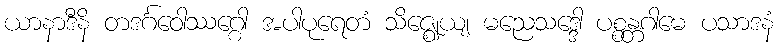
ယာနာဒီနိ တဒင်္ဂဝေါဿဂ္ဂေါ အပါပုရေတံ သိဇ္ဈေယျ မညေသဒ္ဒေါ ပစ္စန္တဂါမေ ပသာဒနံ